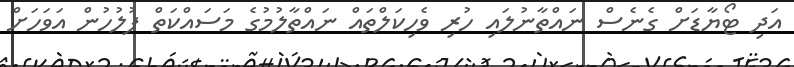
އަދި ޓޯޔާޑަށް ގެނެސް ނައްތާނުލައި ހުރި ވެހިކަލްތައް ނައްތާލުމުގެ މަސައްކަތް ފުލުހުން އަވަހަށް